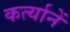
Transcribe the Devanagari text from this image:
कर्त्यानें